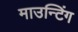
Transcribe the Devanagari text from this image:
माउन्टिंग